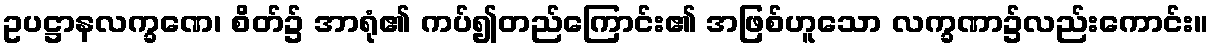
ဥပဋ္ဌာနလက္ခဏေ၊ စိတ်၌ အာရုံ၏ ကပ်၍တည်ကြောင်း၏ အဖြစ်ဟူသော လက္ခဏာ၌လည်းကောင်း။